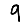
Digit: 9